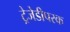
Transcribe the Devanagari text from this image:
ट्रेजेडीपरक